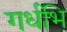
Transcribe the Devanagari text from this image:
गर्धभि